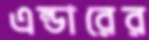
এল্ডারের